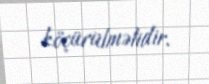
köçürülməlidir.